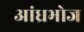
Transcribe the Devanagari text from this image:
आंध्रभोज